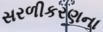
સરળીકરણના